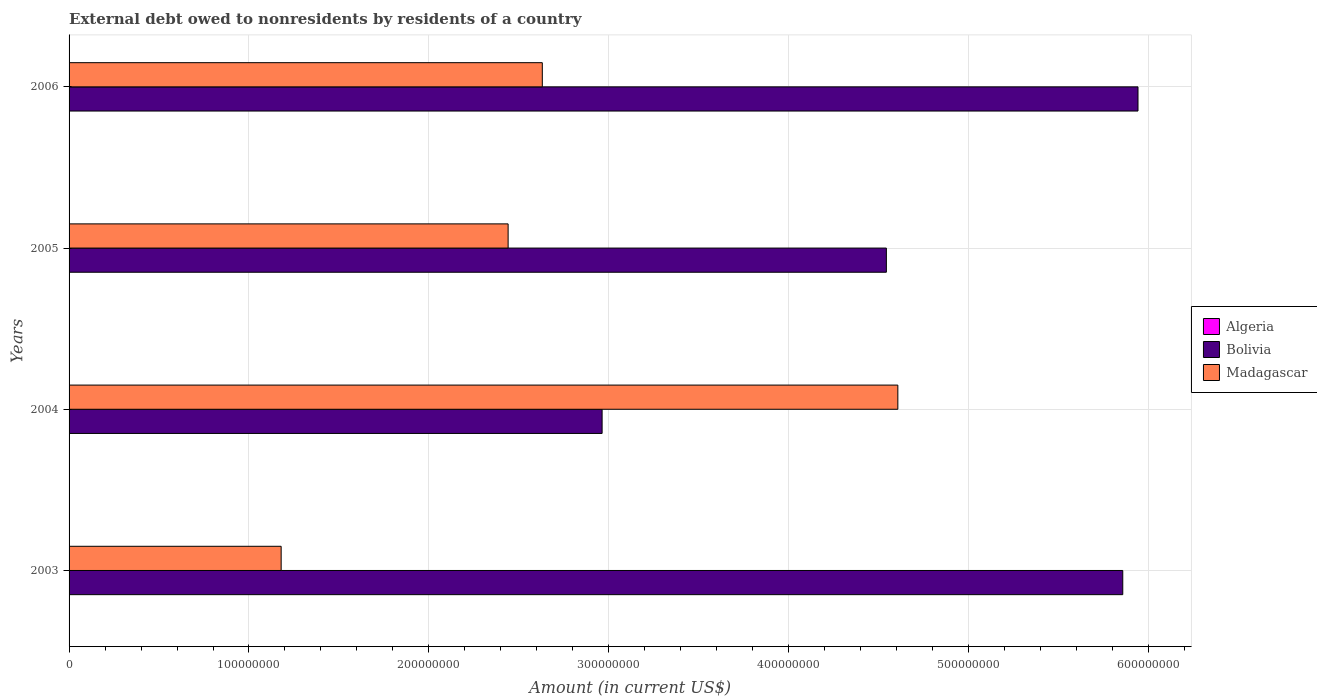
| Years | Algeria | Bolivia | Madagascar |
 | --- | --- | --- | --- |
 | 2003 | -1.25e+09 | 5.86e+08 | 1.18e+08 |
 | 2004 | -2.3e+09 | 2.96e+08 | 4.61e+08 |
 | 2005 | -3.73e+09 | 4.54e+08 | 2.44e+08 |
 | 2006 | -1.19e+10 | 5.94e+08 | 2.63e+08 |